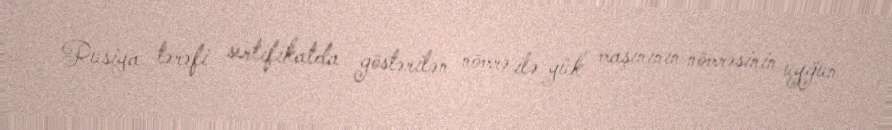
Rusiya tərəfi sertifikatda göstərilən nömrə ilə yük maşınının nömrəsinin uyğun